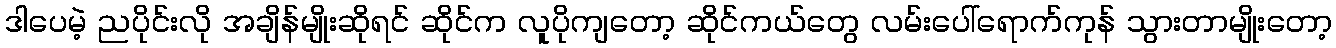
ဒါပေမဲ့ ညပိုင်းလို အချိန်မျိုးဆိုရင် ဆိုင်က လူပိုကျတော့ ဆိုင်ကယ်တွေ လမ်းပေါ်ရောက်ကုန် သွားတာမျိုးတော့